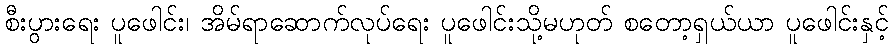
စီးပွားရေး ပူဖေါင်း၊ အိမ်ရာဆောက်လုပ်ရေး ပူဖေါင်းသို့မဟုတ် စတော့ရှယ်ယာ ပူဖေါင်းနှင့်